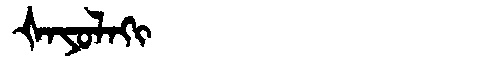
Manchu: ᡧᠠᠶᠣᠯᠠᡴᡳ
Romanization: ŠAYOLAKI